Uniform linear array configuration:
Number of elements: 12
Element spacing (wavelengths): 0.25
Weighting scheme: hamming
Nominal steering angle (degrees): -60
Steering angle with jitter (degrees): -58.938
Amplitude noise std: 0.05
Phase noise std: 0.05

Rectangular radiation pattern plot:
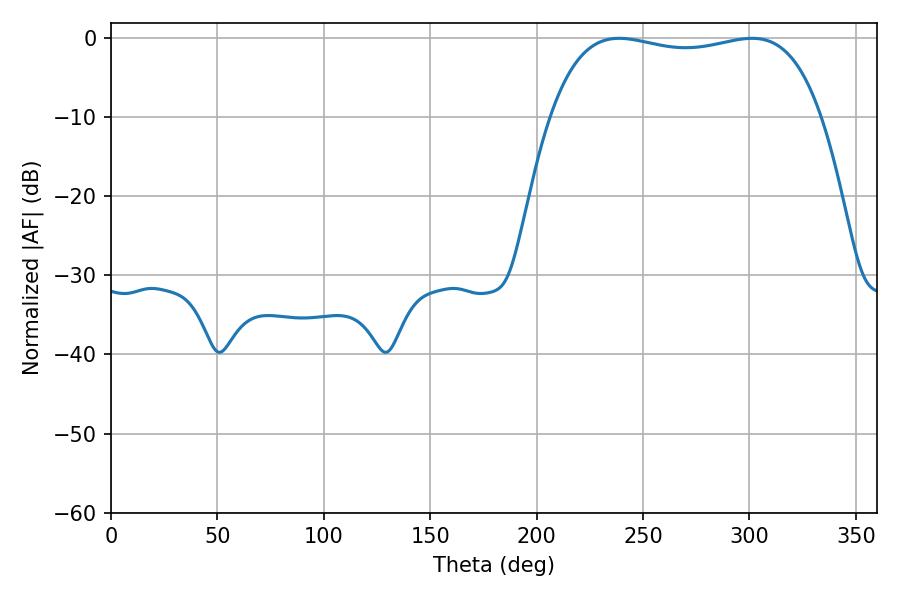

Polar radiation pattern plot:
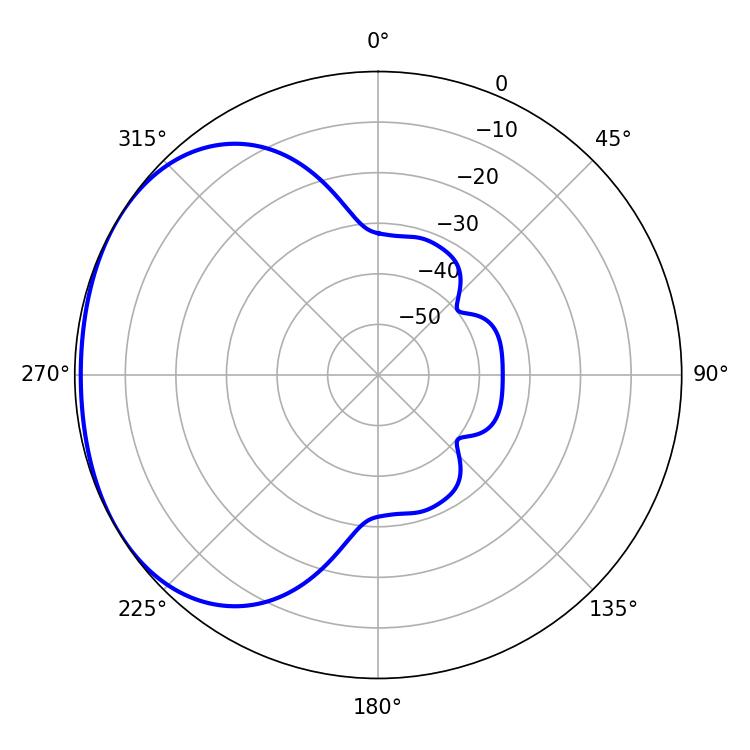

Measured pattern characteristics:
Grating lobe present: FALSE
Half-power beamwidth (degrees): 102.6
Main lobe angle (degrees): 238.68